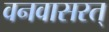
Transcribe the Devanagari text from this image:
वनवासरत्